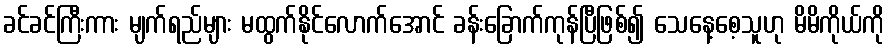
ခင်ခင်ကြီးကား မျက်ရည်များ မထွက်နိုင်လောက်အောင် ခန်းခြောက်ကုန်ပြီဖြစ်၍ သေနေ့စေ့သူဟု မိမိကိုယ်ကို